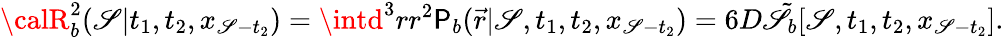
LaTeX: {\calR}_{b}^{2}(\mathscr{S}|t_{1},t_{2},x_{\mathscr{S}-t_{2}})=\intd^{3}rr^{2}\mathsf{P}_{b}(\vec{{r}}|\mathscr{S},t_{1},t_{2},x_{\mathscr{S}-t_{2}})=6D\tilde{{\mathscr{S}}}_{b}[\mathscr{S},t_{1},t_{2},x_{\mathscr{S}-t_{2}}].